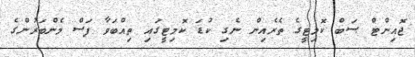
ޖޮއިންޓް ސަބް ކޮމިޓީގެ ތެރެއިން ނެގި ކުޑަ ކޮމިޓީގައި ތިއްބަވާ ފަސް މެންބަރުންގެ